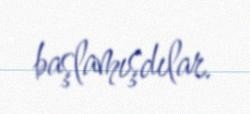
başlamışdılar.